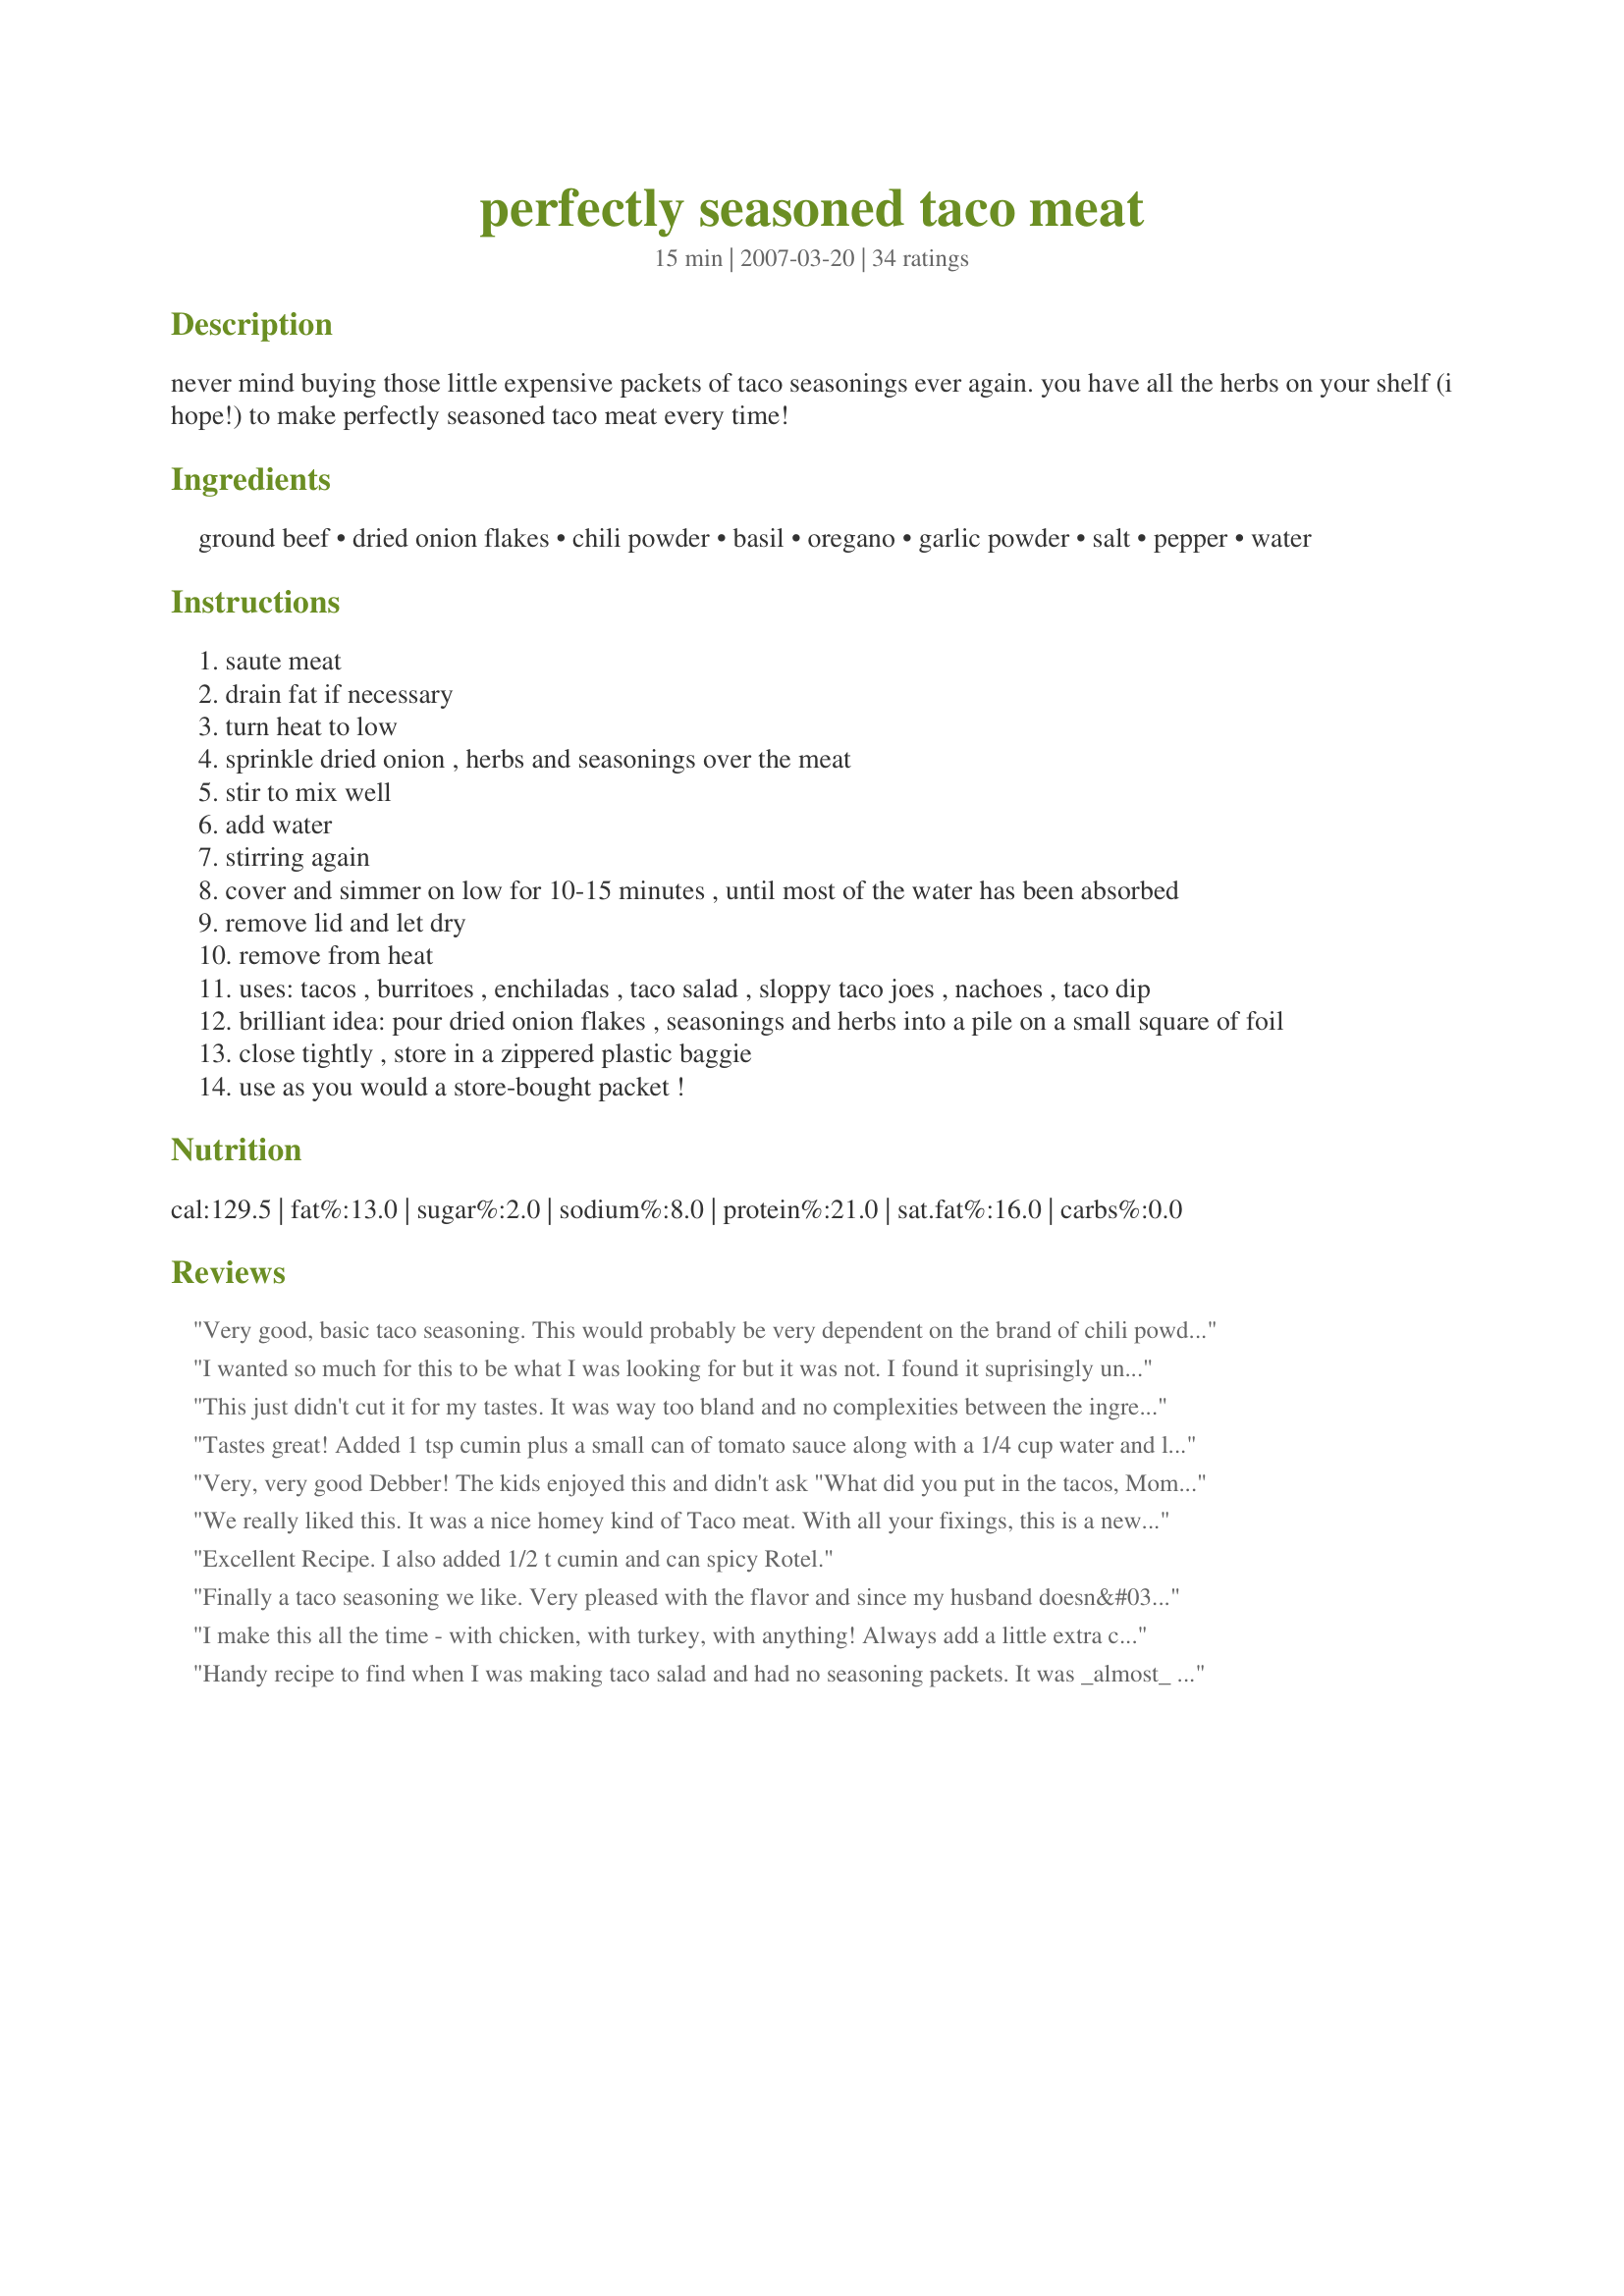
perfectly seasoned taco meat
Preparation time: 15 minutes

never mind buying those little expensive packets of taco seasonings ever again. you have all the herbs on your shelf (i hope!) to make perfectly seasoned taco meat every time!

Ingredients:
ground beef, dried onion flakes, chili powder, basil, oregano, garlic powder, salt, pepper, water

Steps:
saute meat
drain fat if necessary
turn heat to low
sprinkle dried onion , herbs and seasonings over the meat
stir to mix well
add water
stirring again
cover and simmer on low for 10-15 minutes , until most of the water has been absorbed
remove lid and let dry
remove from heat
uses: tacos , burritoes , enchiladas , taco salad , sloppy taco joes , nachoes , taco dip
brilliant idea: pour dried onion flakes , seasonings and herbs into a pile on a small square of foil
close tightly , store in a zippered plastic baggie
use as you would a store-bought packet !

Reviews:
Very good, basic taco seasoning. This would probably be very dependent on the brand of chili powder you used. I use Recipe #22859. Next time I will use slightly less basil, and like other reviewers, will add cumin for a more authentic flavour. On the other hand, as written, the resulting meat was not "too mexican" and therefore the leftovers were very versatile. Thanks, Debber!
I wanted so much for this to be what I was looking for but it was not. I found it suprisingly unflavorful. I added another teaspoon of chili powder and a half teaspoon of cumin, still bland. To me a taco meat is the base that has to hold the flavor of whatever your making with it. I actually went to the pantry and got out a pack of taco seasoning and added a bit to try to help this, but sadly no. Maybe it's because I live in Texas and I am looking for the perfect Tex Mex taco meat, I'm not sure. Regardless, I won't be making this again. I normally won't leave a review that is uncomplimentary, but because this recipe has so many stars I know that it won't hurt the rating of this dish. I just want my opinion shown for others who are searching for whatever they are searching for.....
This just didn't cut it for my tastes. It was way too bland and no complexities between the ingredients. It just didn't meld. It's hands over the store bought crap but I've made better recipes...
Tastes great! Added 1 tsp cumin plus a small can of tomato sauce along with a 1/4 cup water and let simmer...mmmm!
Very, very good Debber! The kids enjoyed this and didn't ask "What did you put in the tacos, Mom?" - not even the picky one! I especially appreciated that there was not as much sodium in it as there is in a commercial packet and that it used ingredients that I have on hand anyway. I will make this again - love your "packet" idea - and will cut the basil in half because it stood out a bit much from the other ingredients for my taste. Thanks Debber!
We really liked this. It was a nice homey kind of Taco meat. With all your fixings, this is a new fave! I added 1 tsp cumin, went with 2 tsp chili and added a titch more oregano. Definite keeper for me.
Excellent Recipe. I also added 1/2 t cumin and can spicy Rotel.
Finally a taco seasoning we like. Very pleased with the flavor and since my husband doesn&#039;t like Cumin this worked out great! Only taco seasoning I will every use from here on out.
I make this all the time - with chicken, with turkey, with anything! Always add a little extra cumin to my taste (as well as fresh garlic).

This is a dish that everyone should make when having tacos!
Handy recipe to find when I was making taco salad and had no seasoning packets. It was _almost_ perfect for us - I added a few dashes of cumin, smoky paprika and cayenne to please our jaded tastebuds. Thanks for posting!
This is terrific! We love tacos and always use those little envelopes.... this is a nicer flavor (no preservatives!) and I used the fresh chopped onion option which I prefer. Next time I think I will add a little cumin - otherwise it was perfect! ZWT 3
Made this for de Mayo potluck and the folks loved it. Oh, and I added cumin. Thanks!
This makes some great taco meat! And I have all the stuff in my pantry. YIPPEE for economical and easy dinners :) Made for ZWT5.
I agree, this is the best way to make taco meat. I also add a little cumin like another reviewer said she did. I also add a can of mild rotel to it when I have some around, and let it simmer. Soooooooooooooooooo delish. Great recipe and I don't buy those packets anymore either!!!!!
outstanding. I really did not want to cook or eat, but knew i needed something and the spicing was just right. I did add some ground cumin to it as well since i enjoy it in my mexican meat.
My family and I really enjoyed this recipe also. I made it for the first time tonight (made as directed except added 1/2 tsp cumin) and it turned out delicious. My 7-yr old, who is typically a picky eater, declared it "fabulous"! Will definitely keep this one in my cookbook. Thanks!
This was a really good recipe. Nice change from same old taco seasoning packet. I added in some cumin, canned chilis, and salsa 'cause I was making chimichangas. Will definitely make this again. Thanks!
Brilliant !! In my house we eat tacos alot and this mix is so much more flavourful than the store bought brands.... i will be useing this recipe again... no more buying taco seasoning for me... thankyou
This was outstanding. My DH had 7 yes & tacos. Great mix of flavors and I had everything on hand.
This was great!! I used the meat in some chimichangas (sp) that I made tonight. I will use this instead of the packets...I always have the ingredients on hand. Made for ZWT5 for the Cooks with Dirty Faces. Thanks for a great recipe.
Absolutely delicious! This will become a regular meal in our house. The only change I made, was to add a 1/2 tsp of cumin. My 5 and 2 year olds gobbled it up. We are going to make chicken tonight using the same spices for nachos. My son can't wait! Thanks for a GREAT recipe!!
I will never buy taco seasoning again. I do add at least a tsp of cummin as well.
Perfect. Didn't change a thing.
Great for my tacos last night. I will be using this again. It doesn't taste exactly like taco seasoning, but it was good. Thanks Debber! Linda
I love the seasoning better than the store this a keeper I'll a keeper. Thanks for sharing it bless you
Sorry but this did not work for me. I am not leaving stars as I'm sure it was just not to my families tastes. I made this exactly as written. As written we didn't think it tastes like taco seasoning. It had way too much basil and pepper for us. We also thought it needed cumin. Made for ZWT5.
Made a few changes...I added extra spices, a cup of salsa and threw it in the crockpot for the day. It turned out really well. It was a hit with the family. It's nice to be able to use spices from home instead of a package. Thanks!
I used this recipe as a base to create a baked Mexi-Itali pasta dish. It was delicious! Prepared for ZWT5 Team Jammin Java Jivers.
Delicious. I added a tablespoon of flour and cumin. So easy. Never store bought again!
Awesome! I use it for all my Mexican dishes that call for ground beef.
Basil and Oregano have no place in Beef Taco Meat and need to be replaced with Cumin and Smoked Paprika
this recipe was exactly what I was looking for. I added the cumin and also added a small can of El Patio brand Jalapeno sauce. It's delicious. Made this in less than 30 minutes for my boyfriend on his lunch break and we smashed out over 1/2 the meat.
I love eating fajitas and this recipe is perfect for that. I used a chili powder I made without sodium. I used the onion flakes. I used seasoning salt. In another skillet, I browned sliced mushrooms. We served this in tortillas with salsa, the mushrooms and cheddar cheese. Thanks Debber :) Made for Zaar Star Game.
I made this recipe because I saw the photo and review from Mama Cee Jay. It is delicious! I used it for tacos with all the usual toppings (cheese, salsa, guac, lettuce and tomato). My kids want me to use this seasoning from now on. Made for ZWT 5.
